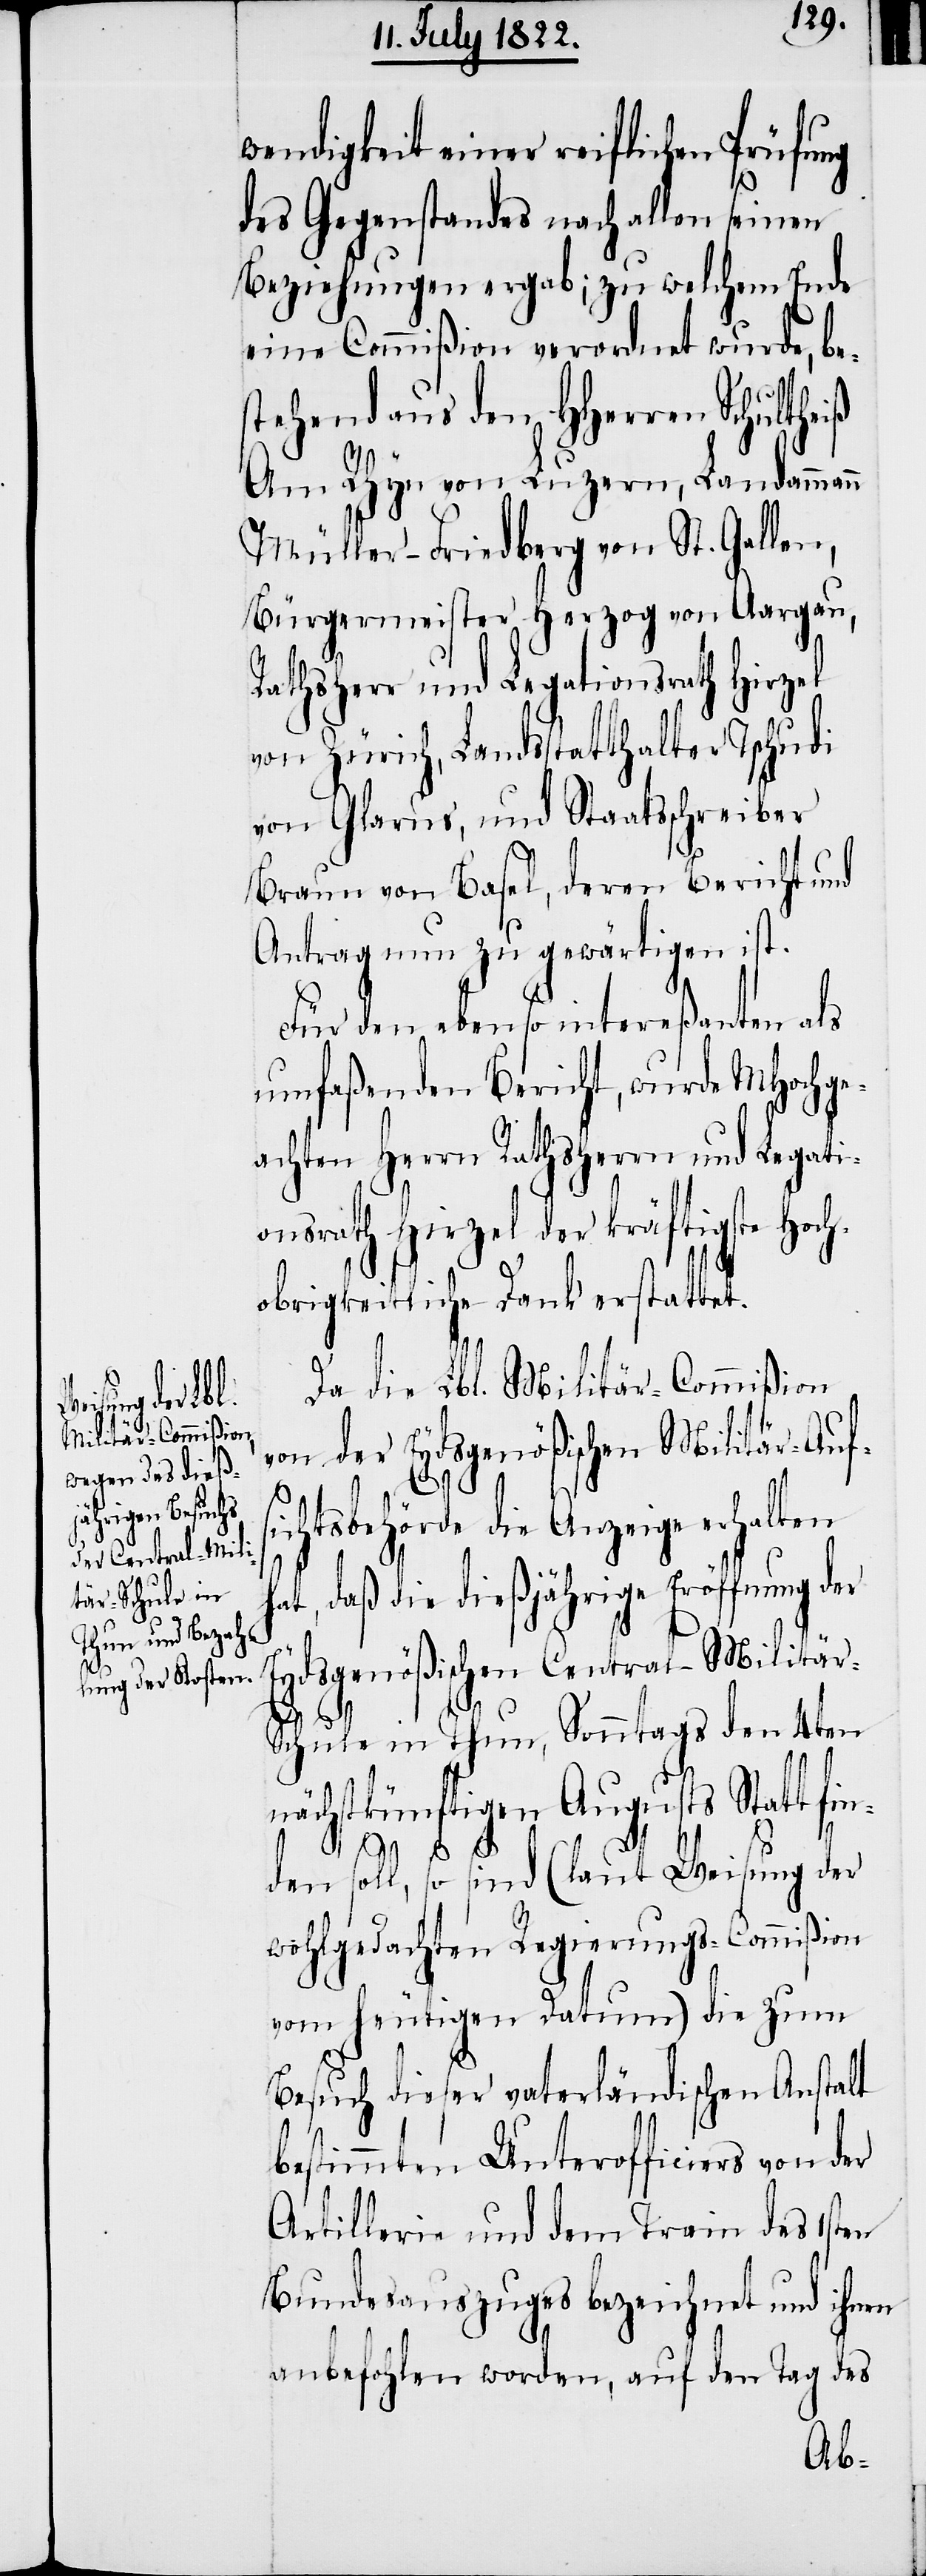
wendigkeit einer reiflichen Prüfung
des Gegenstandes nach allen seinen
Beziehungen ergab; zu welchem Ende
eine Commißion verordnet wurde, be¬
stehend aus den HHerren Schultheiß
Am Rhyn von Luzern, Landammann
Müller-Friedberg von St. Gallen,
Bürgermeister Herzog von Aargau,
Rathsherr und Legationsrath Hirzel
von Zürich, Landstatthalter Tschudi
von Glarus, und Staatsschreiber
Braun von Basel, deren Bericht und
Antrag nun zu gewärtigen ist.
Für den eben so intereßanten als
umfaßenden Bericht, wurde MHochge¬
achten Herrn Rathsherrn und Legati¬
onsrath Hirzel der kräftigste Hoch¬
obrigkeitliche Dank erstattet.
Da die Lbl. Militär-Commißion
von der Eydsgenößischen Militär-Auf¬
Anzeige erhalten
hat, daß die dießjährige Eröffnung der
Eydsgenößischen Central Militär-S¬
chule in Thun, Sonntags den 4ten
nächstkünftigen Augusts Statt fin¬
den soll, so sind (laut Weisung der
wohlgedachten Regierungs-Commißion
vom heutigen Datum) die zum
Besuch dieser vaterländischen Anstalt
bestimmten Unterofficiers von der
Artillerie und dem Train des 1sten
Bundesauszuges bezeichnet und ihnen
anbefohlen worden, auf den Tag des